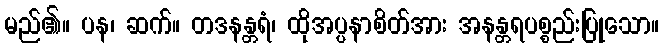
မည်၏။ ပန၊ ဆက်။ တဒနန္တရံ၊ ထိုအပ္ပနာစိတ်အား အနန္တရပစ္စည်းပြုသော။